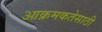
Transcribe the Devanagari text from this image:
आक्रमकतेसाठी